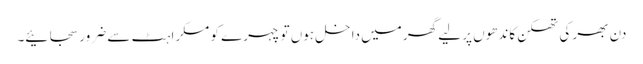
دن بھر کی تھکن کاندھوں پر لیے گھر میں داخل ہوں تو چہرے کو مسکراہٹ سے ضرور سجائیے۔